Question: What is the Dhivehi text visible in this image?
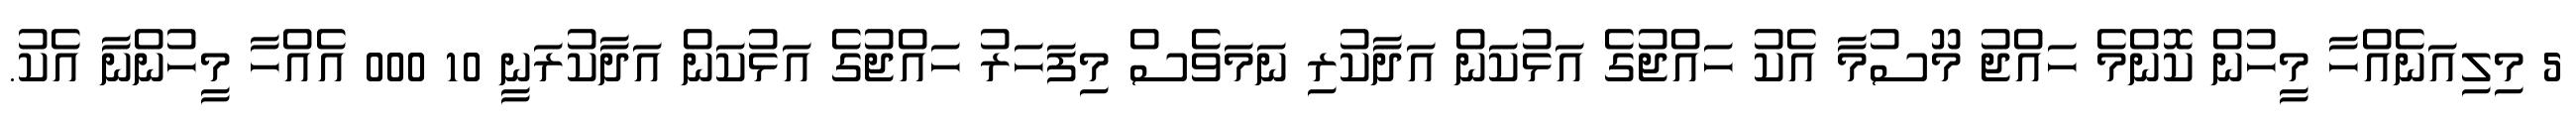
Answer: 5 މިލިއަނެއްހާ މީހުން ކޮންމެ ހައްޖު މޫސުމާ އެކު ހައްޖުގެ އަޅުކަން އަދާކުރި ނަމަވެސް މިފަހަރު ހައްޖުގެ އަޅުކަން އަދާކުރަނީ 10 000 އެއްހާ މީހުންނާ އެކު.